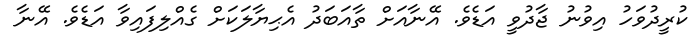
ކުރީދުވަހު އިވުނު ޖާދުވީ އަޑެވެ. އޭނާއަށް ތާއަބަދު އެޙިޔާލަކަށް ގެއްލިފައިވާ އަޑެވެ. އޭނާ